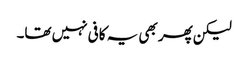
لیکن پھر بھی یہ کافی نہیں تھا۔